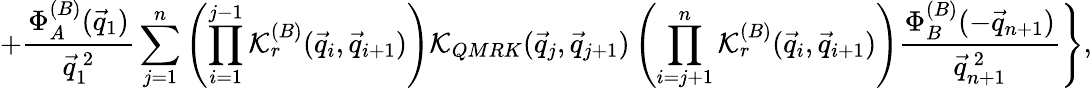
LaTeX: \left.+\frac{\Phi_{A}^{(B)}({\vec{q}}_{1})}{\vec{q}_{1}^{~2}}\sum_{j=1}^{n}\left(\prod_{i=1}^{j-1}{\cal K}_{r}^{(B)}(\vec{q}_{i},\vec{q}_{i+1})\right){\cal K}_{QMRK}(\vec{q}_{j},\vec{q}_{j+1})\left(\prod_{i=j+1}^{n}{\cal K}_{r}^{(B)}(\vec{q}_{i},\vec{q}_{i+1})\right)\frac{\Phi_{B}^{(B)}(-{\vec{q}}_{n+1})}{\vec{q}_{n+1}^{~2}}\right\} ,